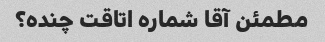
مطمئن آقا شماره اتاقت چنده؟